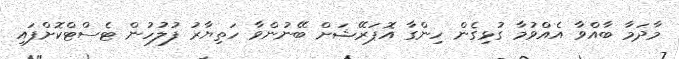
މާދަމާ ބާއްވާ އެއްވުމާ ގުޅިގެން ހިންގާ އޮޕަރޭޝަށް ބޭނުންވާ ހަތިޔާރު ފުލުހުން ޓެސްޓްކޮށްފައި